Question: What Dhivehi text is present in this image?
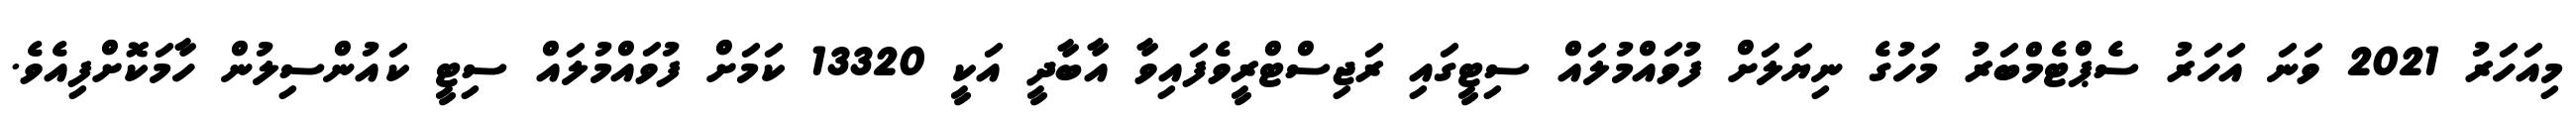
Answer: މިއަހަރު 2021 ވަނަ އަހަރު ސެޕްޓެމްބަރު މަހުގެ ނިޔަލަށް ފުވައްމުލައް ސިޓީގައި ރަޖިސްޓްރީވެފައިވާ އާބާދީ އަކީ 13320 ކަމަށް ފުވައްމުލައް ސިޓީ ކައުންސިލުން ހާމަކޮށްފިއެވެ.